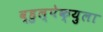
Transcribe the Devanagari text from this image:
व्हुल्पेक्युला